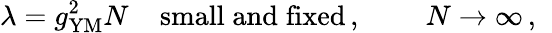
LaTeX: \lambda=g_{\mathrm{YM}}^{2}N\; \; \; \; \mathrm{small\; and\; fixed}\, ,\; \; \; \; \; \; \; \; N\rightarrow\infty\, ,\; \;